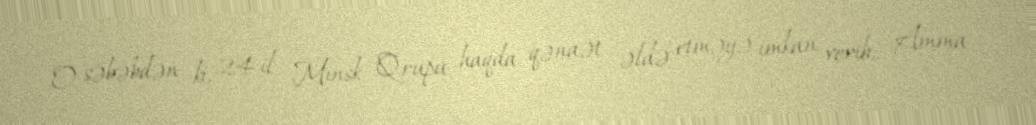
O səbəbdən ki, 24 il Minsk Qrupu haqda qənaət əldə etməyə imkan verib... Amma